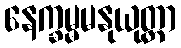
နေက္ခမ္မမနုယုတ္တာ